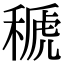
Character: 𥠱